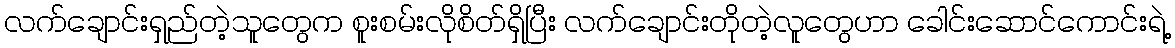
လက်ချောင်းရှည်တဲ့သူတွေက စူးစမ်းလိုစိတ်ရှိပြီး လက်ချောင်းတိုတဲ့လူတွေဟာ ခေါင်းဆောင်ကောင်းရဲ့